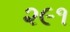
૨૯૧